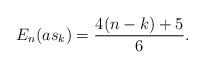
\begin{align*}E_{n}(as_k)=\frac{4(n-k)+5}{6}.\end{align*}